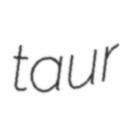
taur